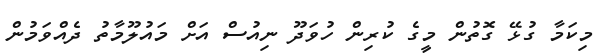
މިކަމާ ގުޅޭ ގޮތުން މީގެ ކުރިން ހުވަދޫ ނިއުސް އަށް މައުލޫމާތު ދެއްވަމުން